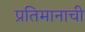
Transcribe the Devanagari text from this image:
प्रतिमानाची